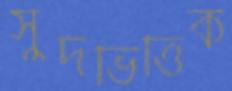
সুদভিত্তিক